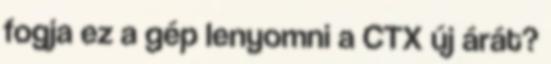
fogja ez a gép lenyomni a CTX új árát?